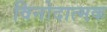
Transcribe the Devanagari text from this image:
विनोदात्मक